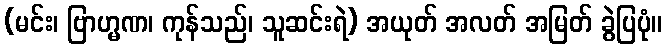
(မင်း၊ ဗြာဟ္မဏ၊ ကုန်သည်၊ သူဆင်းရဲ) အယုတ် အလတ် အမြတ် ခွဲပြပုံ။